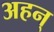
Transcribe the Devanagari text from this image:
अहन्